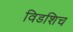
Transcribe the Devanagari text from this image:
विडशिच